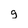
Character: g